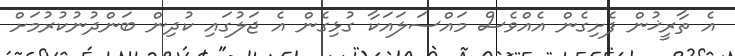
އެ ތާރީޚުން ފެށިގެން އެއްވެސް މައްސަލައަކާ ގުޅިގެން އެ ޖަލުގައި ކުދިން ބަންދުނުކުރުމަށް